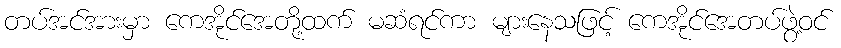
တပ်အင်အားမှာ ကေအိုင်အေတို့ထက် မဆံရင်ကာ များနေသဖြင့် ကေအိုင်အေတပ်ဖွဲ့ဝင်